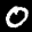
Label: 0